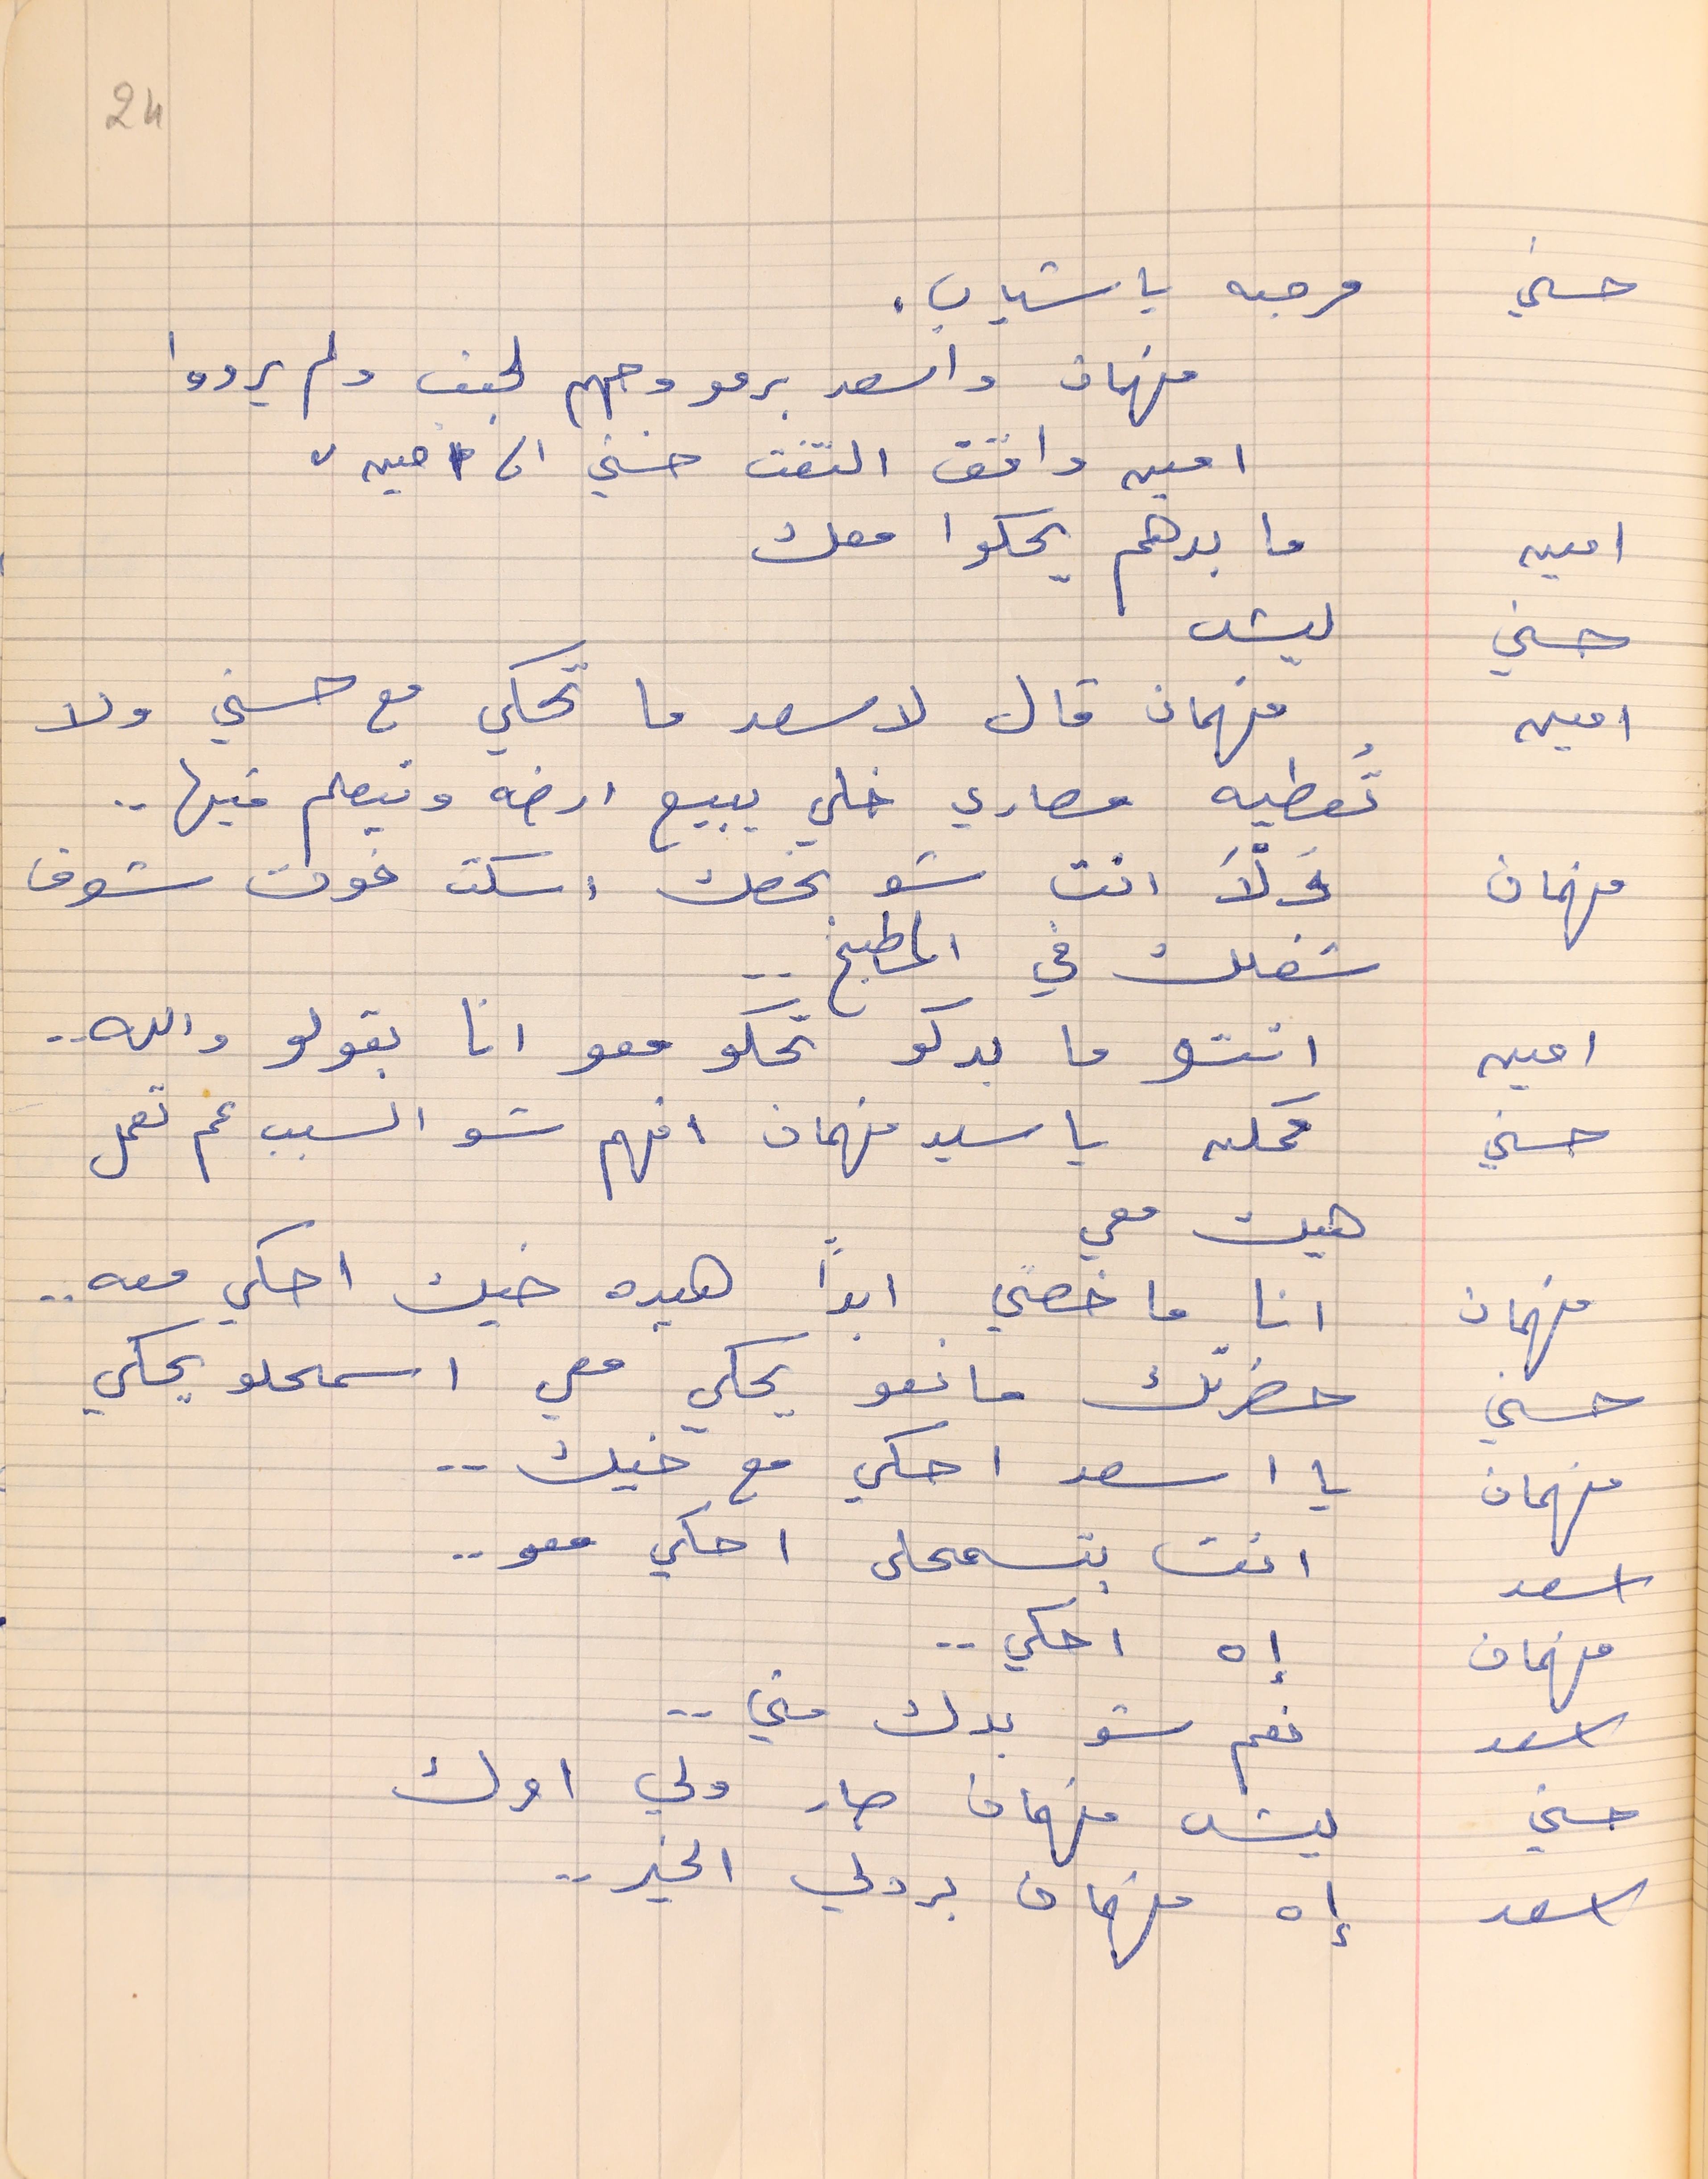
حسني    مرحبه يا شباب.
فهمان واسعد برمو وجهم لجنب ولم يردوا
امين واقف التفت حسني الى "امين"
امين      ما بدهم يحكوا معك
حسني    ليش
امين       فهمان قال لاسعد ما تحكي مع حسني ولا
تُعطيه مصاري خلي يبيع ارضه ويتعلم فيها . .
فهمان      وَلّاَ انت شو بخصك اسكت فوت شوف
شغلك في المطبخ  . .
امين      انتو ما بدكو تحكو معو انا بقولو  والله. .
حسني     ممكن يا سيد فهمان افهم شو السبب عم تعمل
هيك معي
فهمان     انا ما خصني ابداً هيده خيك احكي معه . .
حسني      حضرتك مانعو يحكي معي اسمحلو يحكي
فهمان      يا اسعد احكي مع خيك . .
اسعد      نعم شو بدك مني . .
فهمان    إه احكي . .
اسعد      نعم شو بدك مني . .
حسني      ليش فهمان صار ولي امرك
اسعد            إه فهمان بردلي الخير . .
24